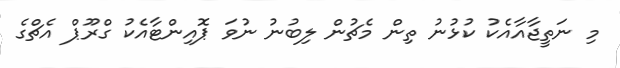
މި ނަތީޖާއާއެކު ކުޅުނު ތިން މެޗުން ލިބުނު ނުވަ ޕޮއިންޓާއެކު ގްރޫޕް އެޗްގެ